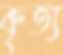
কৃত্য